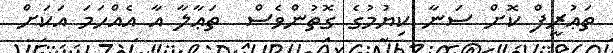
ތަޢުރީފް ކޮށް ސަނާ ކިޔުމުގެ ގޮތުންވެސް  ތަޢާލާ އާ އެއްހަމަ އަކަށް